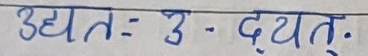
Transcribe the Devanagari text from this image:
उद्यतः उ- द्यतु.